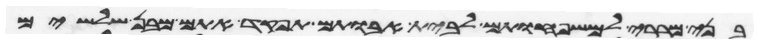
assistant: בני מררי למשפחותם לבית אבותם תפקד אתם מבן שלשים